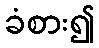
ခံစား၍